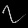
Digit: ၇